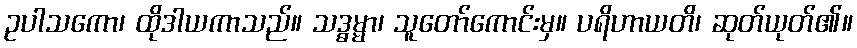
ဥပါသကော၊ ထိုဒါယကာသည်။ သဒ္ဓမ္မာ၊ သူတော်ကောင်းမှ။ ပရိဟာယတိ၊ ဆုတ်ယုတ်၏။